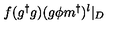
f ( g ^ { \dagger } g ) ( g \phi m ^ { \dagger } ) ^ { l } \vert _ { D }